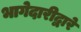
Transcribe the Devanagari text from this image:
भागेदारीद्वारे